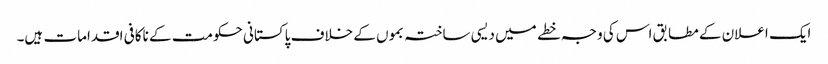
ایک اعلان کے مطابق اس کی وجہ خطے میں دیسی ساختہ بموں کے خلاف پاکستانی حکومت کے ناکافی اقدامات ہیں۔